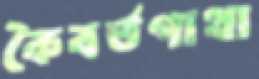
কৈবর্তগাথা